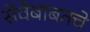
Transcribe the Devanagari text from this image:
सेवेबाबतचे